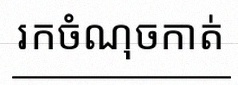
រកចំណុចកាត់